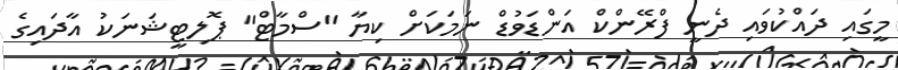
މީގައި ދައްކުވައި ދެނީ ފްރޭންކް އަންޑަވުޑް ނަމަކަށް ކިޔާ "ސްމާޓް" ޕޮލިޓީޝަނަކު އާދައިގެ